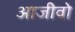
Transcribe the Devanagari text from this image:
आजीवो